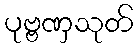
ပုဗ္ဗဏှသုတ်